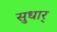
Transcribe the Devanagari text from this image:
सुधार्